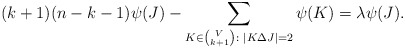
\begin{align*} (k+1)(n-k-1)\psi(J) - \sum_{K \in {V \choose k+1} \colon |K \Delta J|=2} \psi(K) = \lambda \psi(J).\end{align*}